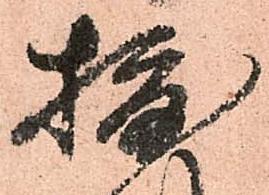
摂